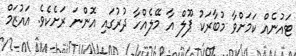
ޓައުނެއް ކަމަށްވާ މުބާރަކު ޕޫލް އާ މޭލެއްހާ ދުރުގައި އޮންނަ ރަށެކެވެ. އައުޒަމް